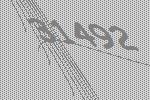
31492